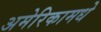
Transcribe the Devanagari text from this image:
अमेरिकामधे